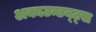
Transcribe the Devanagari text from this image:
अकाउन्टन्ट्स